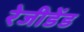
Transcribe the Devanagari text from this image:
रेजीडेंड